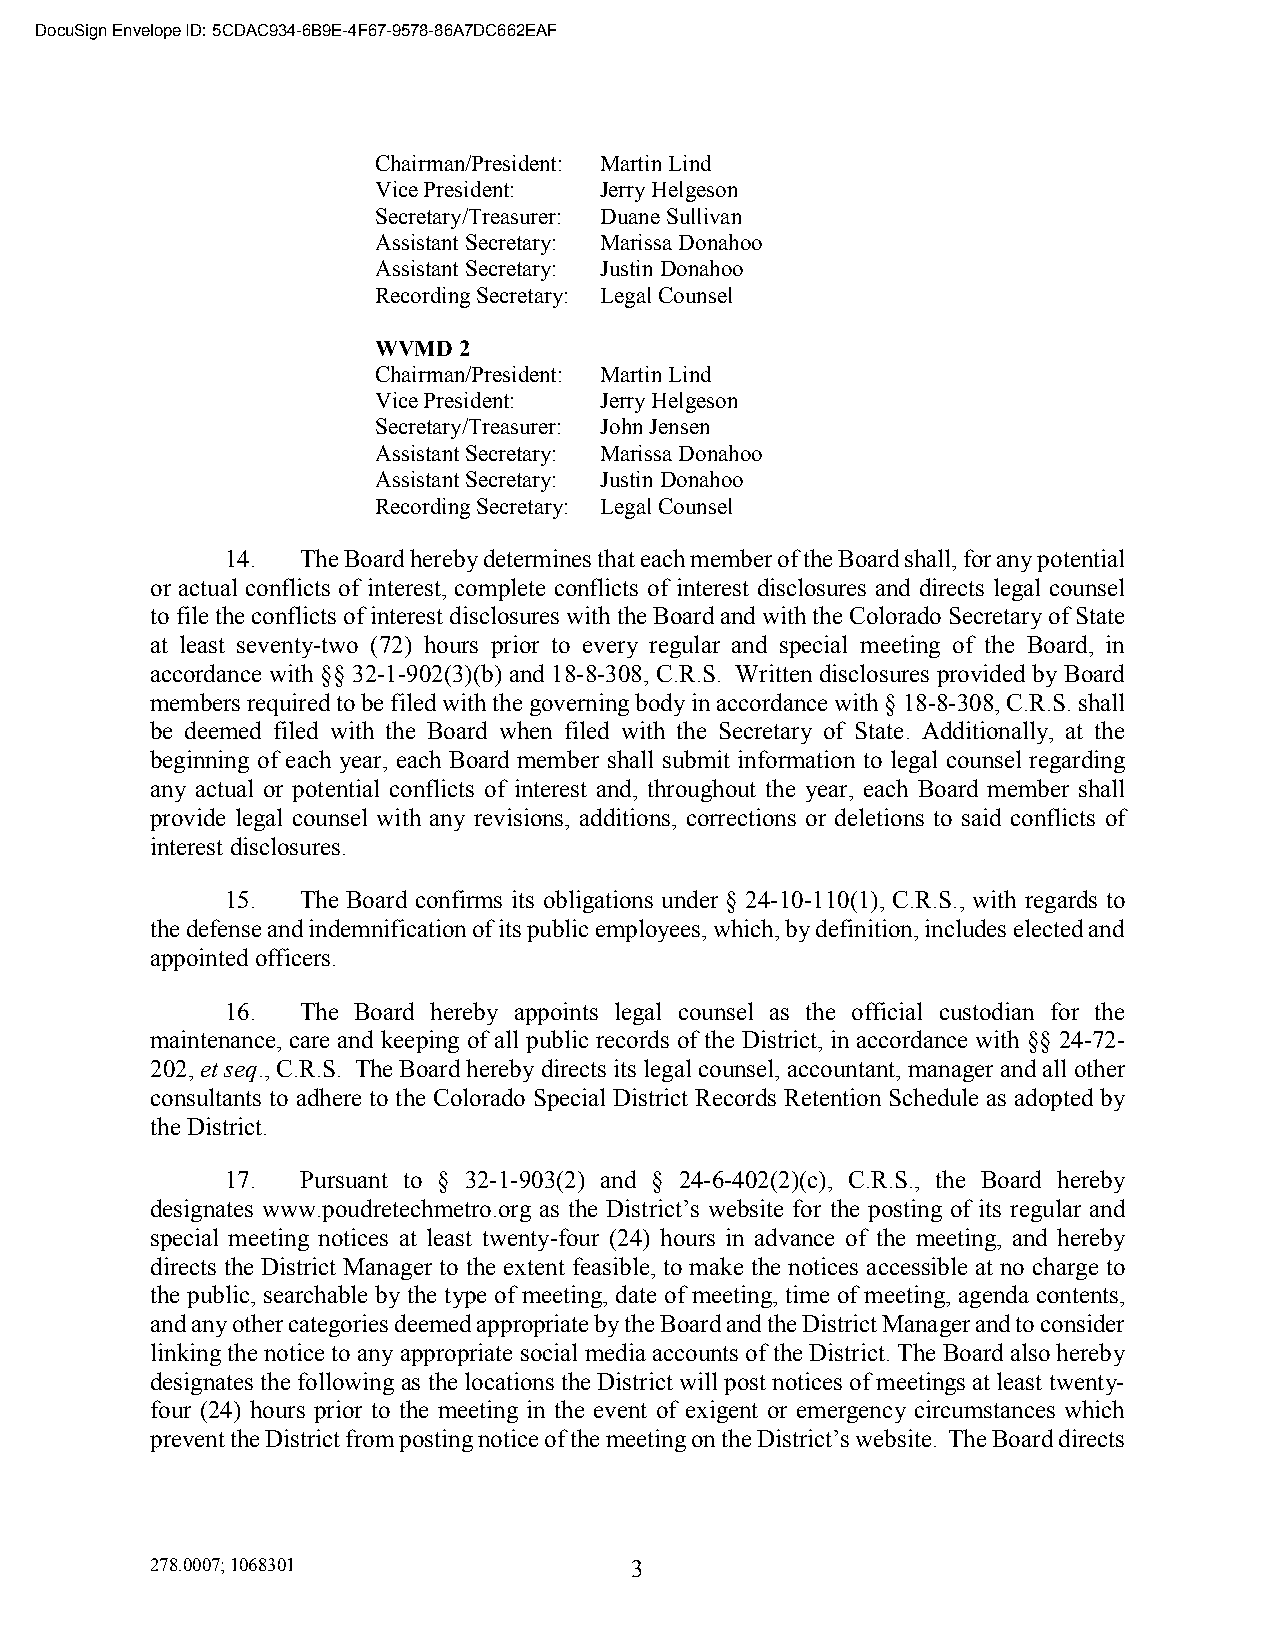
DocuSign Envelope ID: 5CDAC934-6B9E-4F67-9578-86A7DC662EAF
 Chairman/President: Martin Lind
 Vice President: Jerry Helgeson
 Secretary/Treasurer: Duane Sullivan
 Assistant Secretary: Marissa Donahoo
 Assistant Secretary: Justin Donahoo
 Recording Secretary: Legal Counsel
 WVMD 2
 Chairman/President: Martin Lind
 Vice President: Jerry Helgeson
 Secretary/Treasurer: John Jensen
 Assistant Secretary: Marissa Donahoo
 Assistant Secretary: Justin Donahoo
 Recording Secretary: Legal Counsel
 14.  The Board hereby determines that each member of the Board shall, for any potential
 or actual conflicts of interest, complete conflicts of interest disclosures and directs legal counsel
 to file the conflicts of interest disclosures with the Board and with the Colorado Secretary of State
 at least seventy-two (72) hours prior to every regular and special meeting of the Board, in
 accordance with §§ 32-1-902(3)(b) and 18-8-308, C.R.S. Written disclosures provided by Board
 members required to be filed with the governing body in accordance with § 18-8-308, C.R.S. shall
 be deemed filed with the Board when filed with the Secretary of State. Additionally, at the
 beginning of each year, each Board member shall submit information to legal counsel regarding
 any actual or potential conflicts of interest and, throughout the year, each Board member shall
 provide legal counsel with any revisions, additions, corrections or deletions to said conflicts of
 interest disclosures.
 15.  The Board confirms its obligations under § 24-10-110(1), C.R.S., with regards to
 the defense and indemnification of its public employees, which, by definition, includes elected and
 appointed officers.
 16.  The Board hereby appoints legal counsel as the official custodian for the
 maintenance, care and keeping of all public records of the District, in accordance with §§ 24-72-
 202, et seq., C.R.S. The Board hereby directs its legal counsel, accountant, manager and all other
 consultants to adhere to the Colorado Special District Records Retention Schedule as adopted by
 the District.
 17.  Pursuant to § 32-1-903(2) and § 24-6-402(2)(c), C.R.S., the Board hereby
 designates www.poudretechmetro.org as the District’s website for the posting of its regular and
 special meeting notices at least twenty-four (24) hours in advance of the meeting, and hereby
 directs the District Manager to the extent feasible, to make the notices accessible at no charge to
 the public, searchable by the type of meeting, date of meeting, time of meeting, agenda contents,
 and any other categories deemed appropriate by the Board and the District Manager and to consider
 linking the notice to any appropriate social media accounts of the District. The Board also hereby
 designates the following as the locations the District will post notices of meetings at least twenty-
 four (24) hours prior to the meeting in the event of exigent or emergency circumstances which
 prevent the District from posting notice of the meeting on the District’s website. The Board directs
 278.0007; 1068301               3